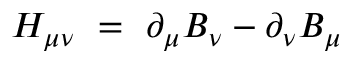
H _ { \mu \nu } \ = \ \partial _ { \mu } B _ { \nu } - \partial _ { \nu } B _ { \mu }